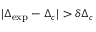
| \Delta _ { \mathrm { e x p } } - \Delta _ { c } | > \delta \Delta _ { c }